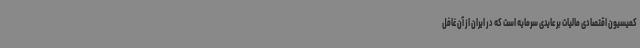
کمیسیون اقتصادی مالیات بر عایدی سرمایه است که در ایران از آن غافل